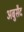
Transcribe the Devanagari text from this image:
अबुसैद